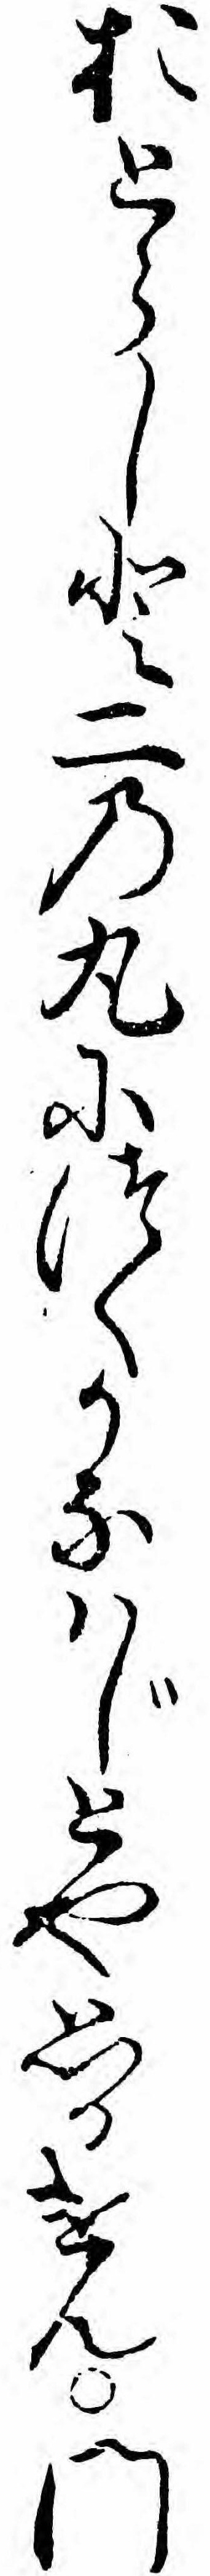
おとらしと二の丸につくかなハじとや思ひけん門